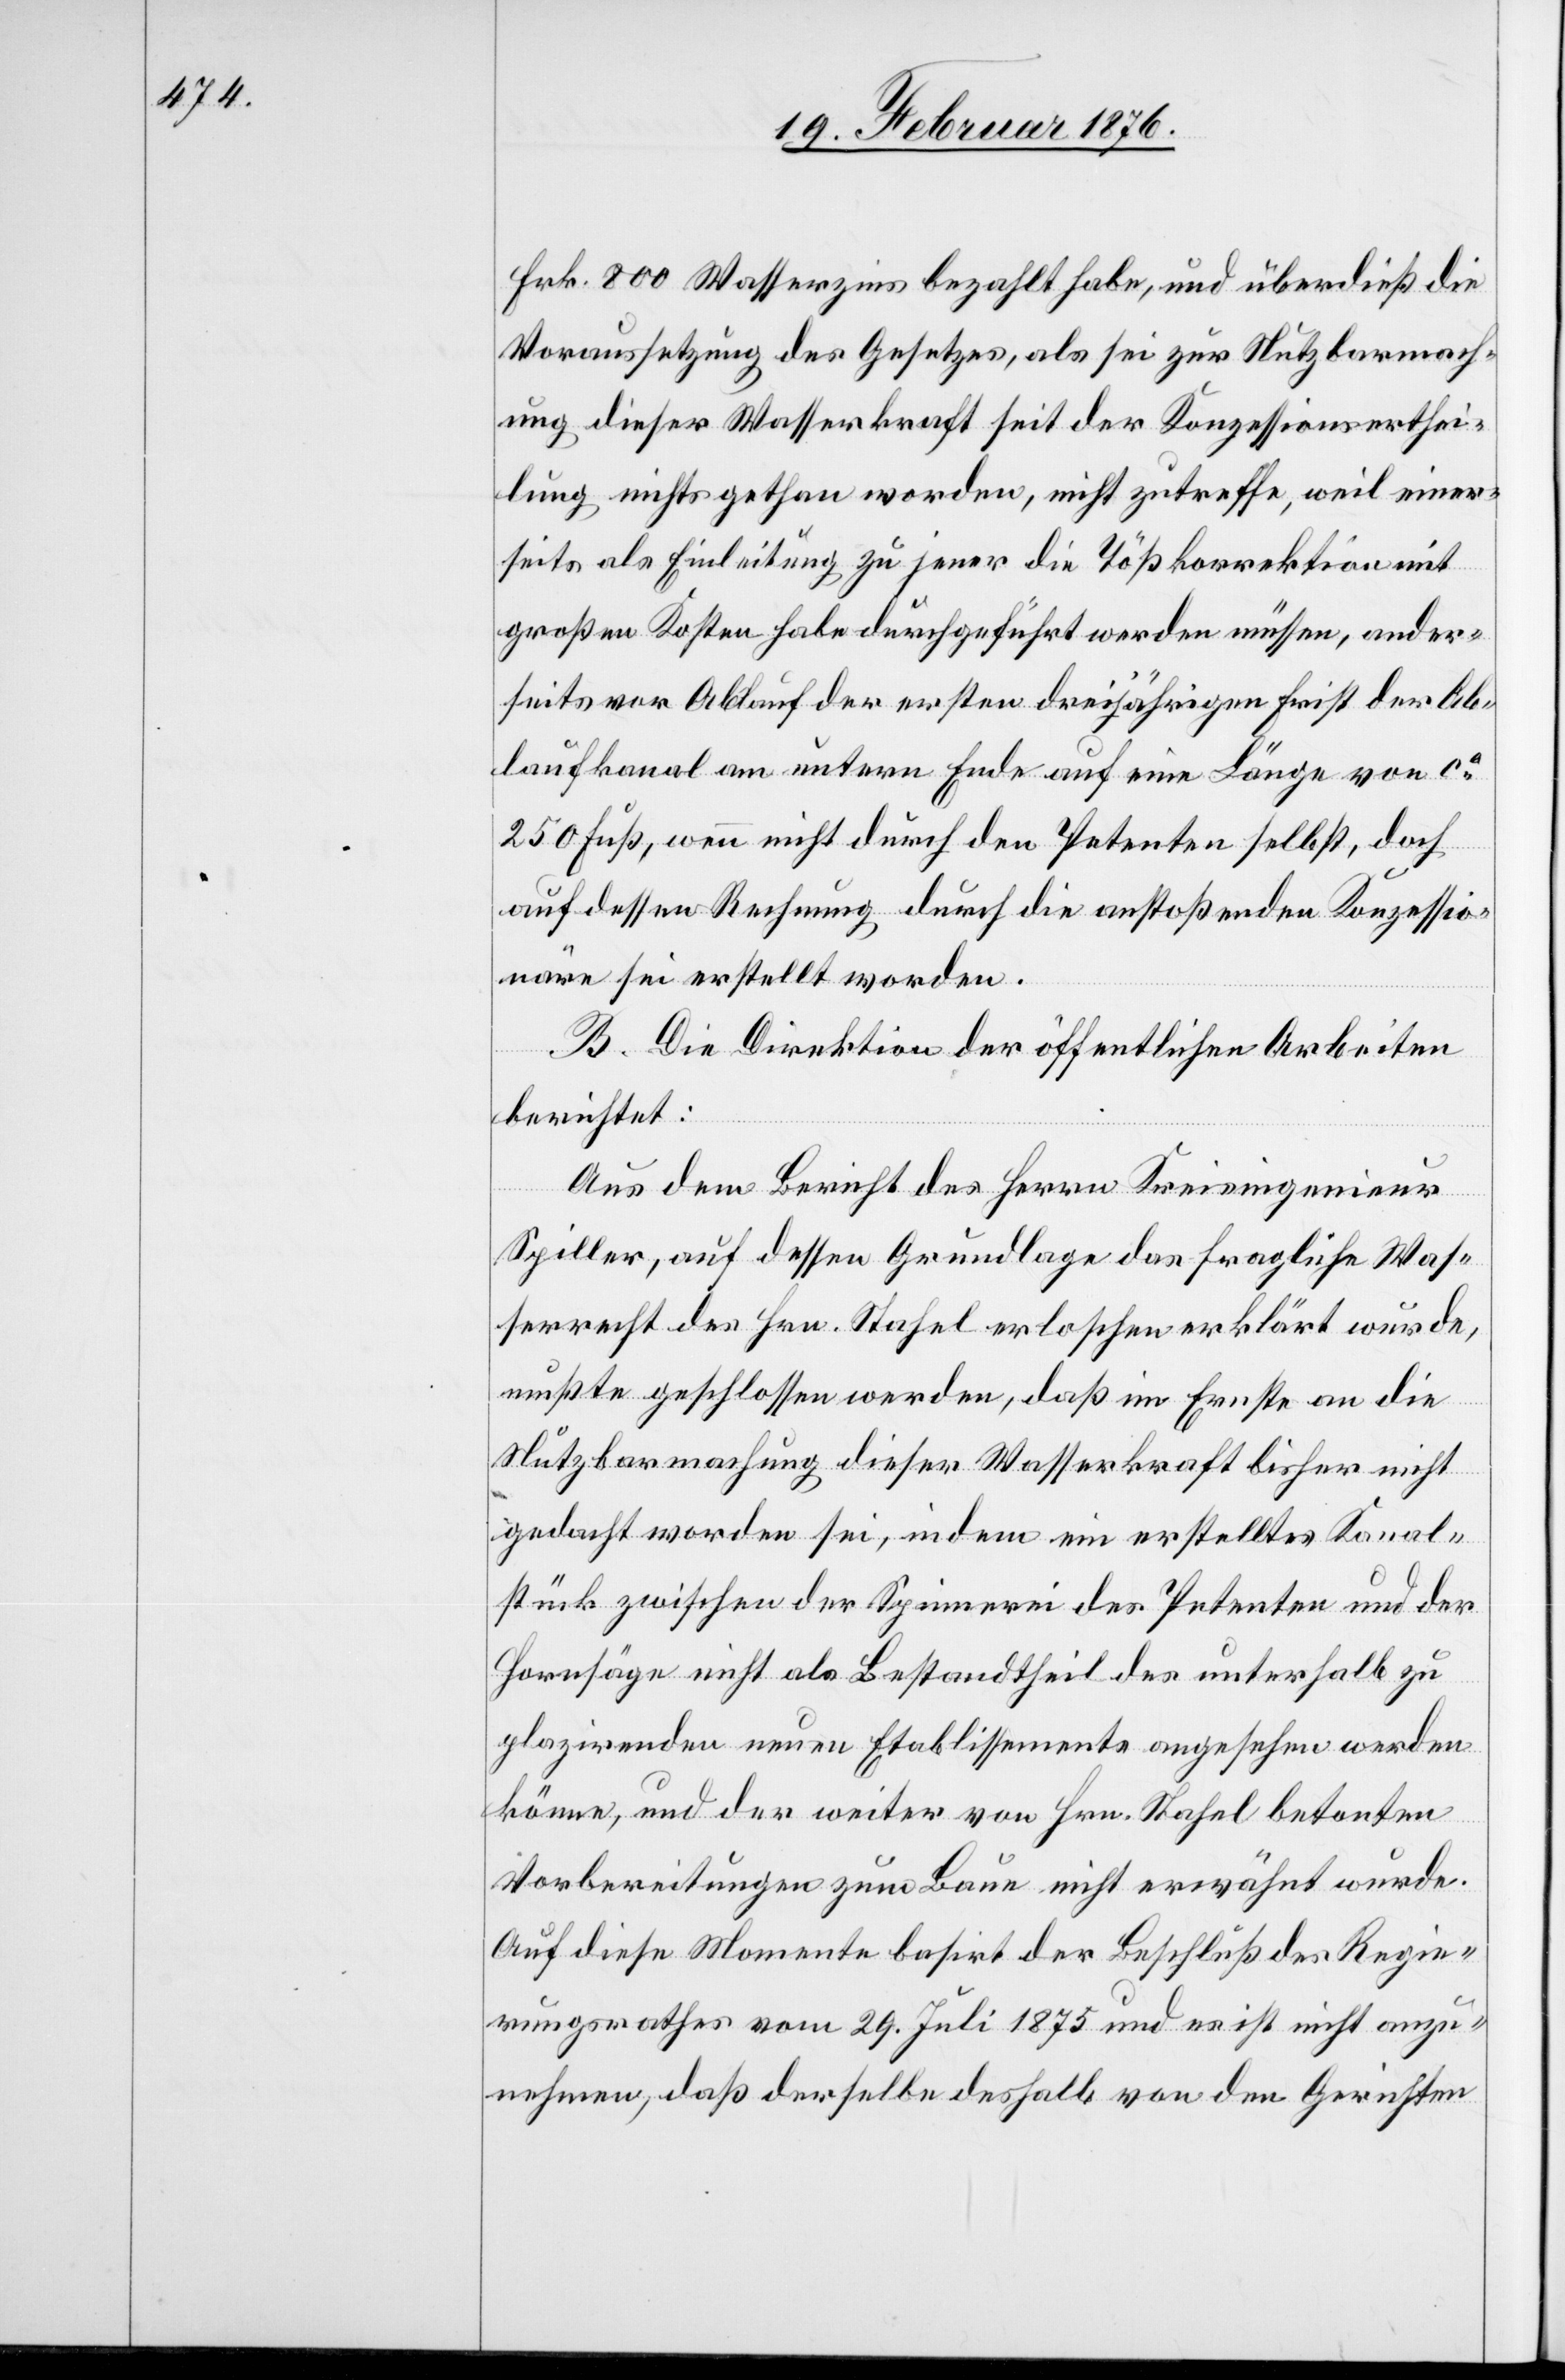
Frk. 800 Wasserzins bezahlt habe, und überdieß die
Voraussetzung des Gesetzes, als sei zur Nutzbarmach¬
ung dieser Wasserkraft seit der Konzessionserthei¬
lung nichts gethan worden, nicht zutreffe, weil einer¬
seits als Einleitung zu jener die Tößkorrektion mit
großen Kosten habe durchgeführt werden müssen, ander¬
seits vor Ablauf der ersten dreijährigen Frist der Ab¬
laufkanal am untern Ende auf eine Länge von ca
250 Fuß, wenn nicht durch den Petenten selbst, doch
auf dessen Rechnung durch die anstoßenden Konzessio¬
näre sei erstellt worden.
B. Die Direktion der öffentlichen Arbeiten
berichtet:
Aus dem Bericht des Herrn Kreisingenieur
Spiller, auf dessen Grundlage das fragliche Was¬
serrecht des Hrn. Stahel erloschen erklärt wurde,
mußte geschlossen werden, daß im Ernste an die
Nutzbarmachung dieser Wasserkraft bisher nicht
gedacht worden sei, indem ein erstelltes Kanal¬
stück zwischen der Spinnerei des Petenten und der
Hornsäge nicht als Bestandtheil des unterhalb zu
plazirenden neuen Etablissements angesehen werden
könne, und der weiter von Hrn. Stahel betonten
Vorbereitungen zum Baue nicht erwähnt wurde.
Auf diese Momente basirt der Beschluß des Regie¬
rungsrathes vom 29. Juli 1875 und es ist nicht anzu¬
nehmen, daß derselbe deshalb von den Gerichten